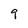
Character: 9